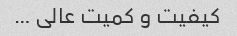
کیفیت و کمیت عالی …